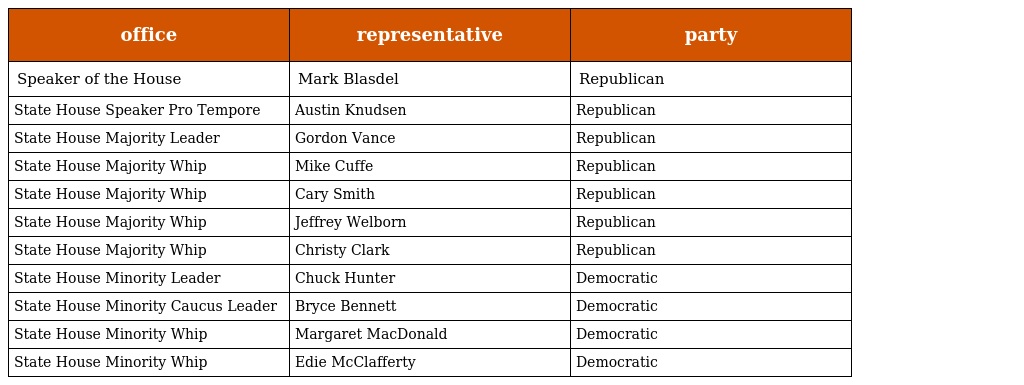
| office | representative | party |
 | --- | --- | --- |
 | Speaker of the House | Mark Blasdel | Republican |
 | State House Speaker Pro Tempore | Austin Knudsen | Republican |
 | State House Majority Leader | Gordon Vance | Republican |
 | State House Majority Whip | Mike Cuffe | Republican |
 | State House Majority Whip | Cary Smith | Republican |
 | State House Majority Whip | Jeffrey Welborn | Republican |
 | State House Majority Whip | Christy Clark | Republican |
 | State House Minority Leader | Chuck Hunter | Democratic |
 | State House Minority Caucus Leader | Bryce Bennett | Democratic |
 | State House Minority Whip | Margaret MacDonald | Democratic |
 | State House Minority Whip | Edie McClafferty | Democratic |